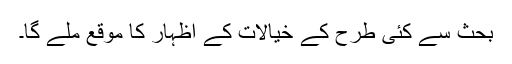
بحث سے کئی طرح کے خیالات کے اظہار کا موقع ملے گا۔